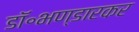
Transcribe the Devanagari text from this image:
डॉ॰भण्डारकर